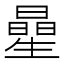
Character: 曐